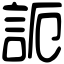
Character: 𧦠